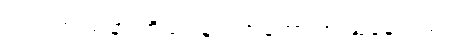
လင်းက မာနာ ကိုယ်ဝန်ရလာတော့ အံ့ဩနေသည်။